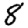
Digit: 8